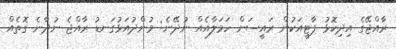
ރާއްޖޭގެ އިދިކޮޅު ޕާޓީއަކުން ރައީސަށް ހަމަލާއެއް ނުދޭނެ: މުންދުއަޅުގަނޑު ރާއްޖެ ނުދާނެ ގޮތެއް